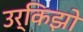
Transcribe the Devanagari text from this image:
उर्किझो